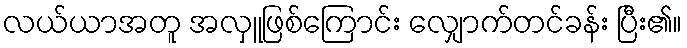
လယ်ယာအတူ အလှူဖြစ်ကြောင်း လျှောက်တင်ခန်း ပြီး၏။